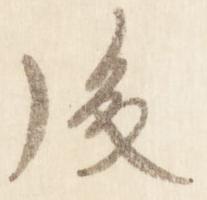
後